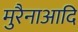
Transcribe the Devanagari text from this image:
मुरैनाआदि